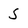
Character: S